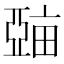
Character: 𤲾